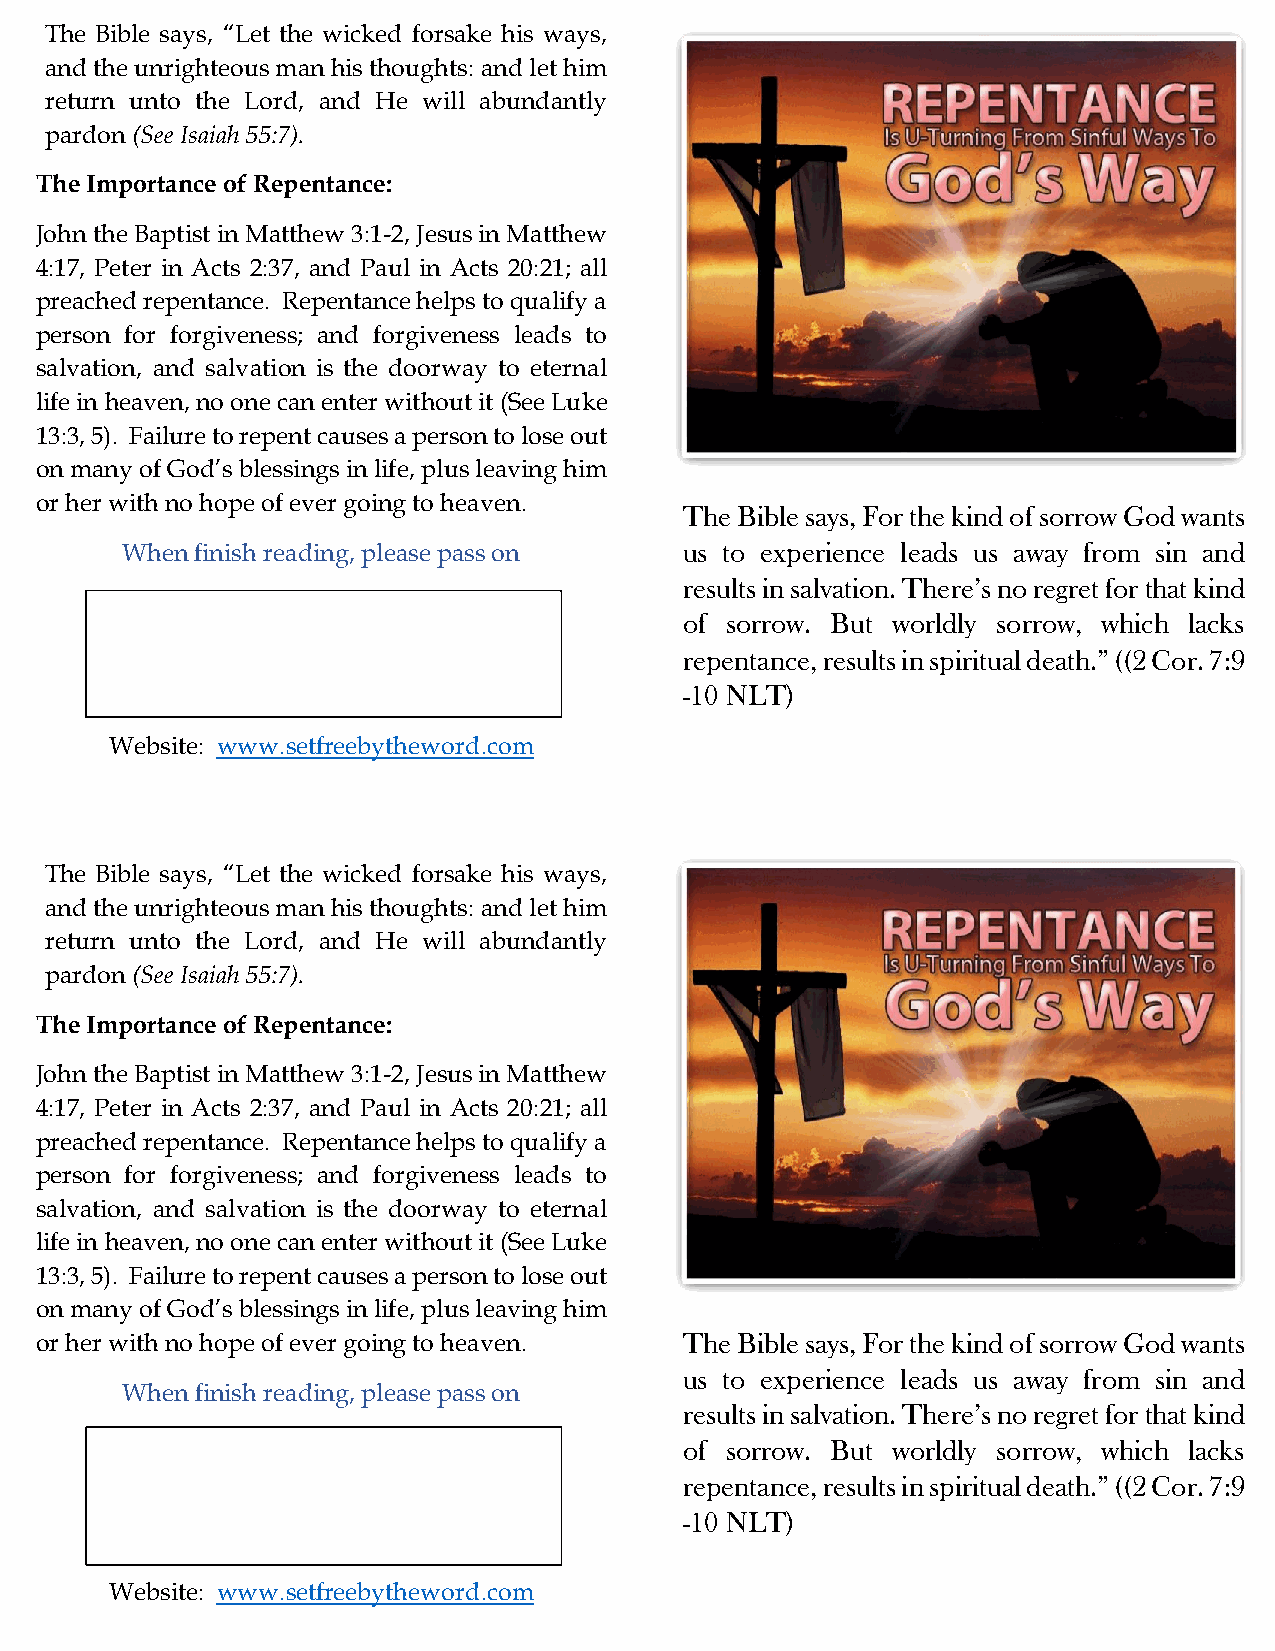
The Bible says, “Let the wicked forsake his ways,
 and the unrighteous man his thoughts: and let him
 return unto the Lord, and He will abundantly
 pardon (See Isaiah 55:7).
 The Importance of Repentance:
 John the Baptist in Matthew 3:1-2, Jesus in Matthew
 4:17, Peter in Acts 2:37, and Paul in Acts 20:21; all
 preached repentance. Repentance helps to qualify a
 person for forgiveness; and forgiveness leads to
 salvation, and salvation is the doorway to eternal
 life in heaven, no one can enter without it (See Luke
 13:3, 5). Failure to repent causes a person to lose out
 on many of God’s blessings in life, plus leaving him
 or her with no hope of ever going to heaven.
 The Bible says, For the kind of sorrow God wants
 When finish reading, please pass on  us to experience leads us away from sin and
 results in salvation. There’s no regret for that kind
 of sorrow. But worldly sorrow, which lacks
 repentance, results in spiritual death.” ((2 Cor. 7:9
 -10 NLT)
 Website: www.setfreebytheword.com
 The Bible says, “Let the wicked forsake his ways,
 and the unrighteous man his thoughts: and let him
 return unto the Lord, and He will abundantly
 pardon (See Isaiah 55:7).
 The Importance of Repentance:
 John the Baptist in Matthew 3:1-2, Jesus in Matthew
 4:17, Peter in Acts 2:37, and Paul in Acts 20:21; all
 preached repentance. Repentance helps to qualify a
 person for forgiveness; and forgiveness leads to
 salvation, and salvation is the doorway to eternal
 life in heaven, no one can enter without it (See Luke
 13:3, 5). Failure to repent causes a person to lose out
 on many of God’s blessings in life, plus leaving him
 or her with no hope of ever going to heaven. The Bible says, For the kind of sorrow God wants
 us to experience leads us away from sin and
 When finish reading, please pass on
 results in salvation. There’s no regret for that kind
 of sorrow. But worldly sorrow, which lacks
 repentance, results in spiritual death.” ((2 Cor. 7:9
 -10 NLT)
 Website: www.setfreebytheword.com